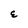
Character: E